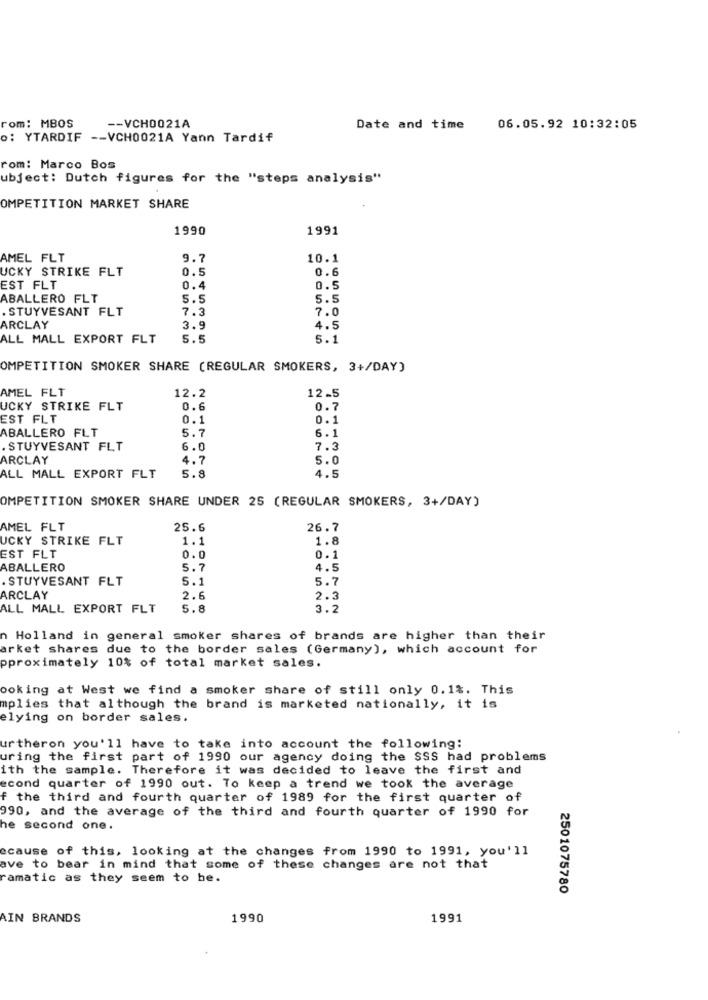
rom: MBOS
-- VCH0021A
Date and time
06.05.92 10:32:05
o: YTARDIF -- VCH0021A Yann Tardif
rom: Marco Bos
ubject: Dutch figures for the "steps analysis"
OMPETITION MARKET SHARE
1990
1991
AMEL FLT
9.7
10.1
UCKY STRIKE FLT
0.5
0.6
EST FLT
0.4
0.5
ABALLERO FLT
5.5
5.5
STUYVESANT FLT
7.3
7.0
ARCLAY
3.9
4.5
ALL MALL EXPORT FLT
5.5
5.1
OMPETITION SMOKER SHARE (REGULAR SMOKERS, 3+/DAY)
AMEL FLT
12.2
12.5
UCKY STRIKE FLT
0.6
0.7
EST FLT
0.1
0.1
ABALLERO FLT
5.7
6.1
STUYVESANT FLT
6.0
7.3
ARCLAY
4.7
5.0
ALL MALL EXPORT FLT
5.8
4.5
OMPETITION SMOKER SHARE UNDER 25 (REGULAR SMOKERS, 3+/DAY)
AMEL FLT
25.6
26.7
UCKY STRIKE FLT
1.1
1.8
EST FLT
0.0
0.1
ABALLERO
5.7
4.5
. STUYVESANT FLT
5.1
5.7
ARCLAY
2.6
2.3
ALL MALL EXPORT FLT
5.8
3.2
n Holland in general smoker shares of brands are higher than their
arket shares due to the border sales (Germany), which account for
pproximately 10% of total market sales.
ooking at West we find a smoker share of still only 0.1%. This
mplies that although the brand is marketed nationally, it is
elying on border sales.
urtheron you'll have to take into account the following:
uring the first part of 1990 our agency doing the SSS had problems
ith the sample. Therefore it was decided to leave the first and
econd quarter of 1990 out. To keep a trend we took the average
f the third and fourth quarter of 1989 for the first quarter of
990, and the average of the third and fourth quarter of 1990 for
he second one.
ecause of this, looking at the changes from 1990 to 1991, you'll
ave to bear in mind that some of these changes are not that
ramatic as they seem to be.
2501075780
AIN BRANDS
1990
1991